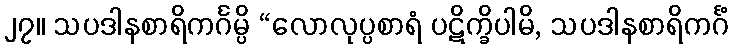
၂၇။ သပဒါနစာရိကင်္ဂမ္ပိ “လောလုပ္ပစာရံ ပဋိက္ခိပါမိ, သပဒါနစာရိကင်္ဂံ